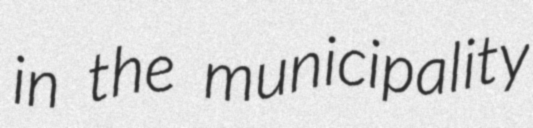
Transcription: in the municipality